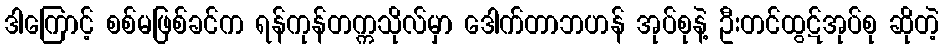
ဒါကြောင့် စစ်မဖြစ်ခင်က ရန်ကုန်တက္ကသိုလ်မှာ ဒေါက်တာဘဟန် အုပ်စုနဲ့ ဦးတင်ထွဋ်အုပ်စု ဆိုတဲ့